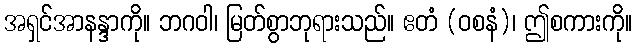
အရှင်အာနန္ဒာကို။ ဘဂဝါ၊ မြတ်စွာဘုရားသည်။ ဧတံ (ဝစနံ)၊ ဤစကားကို။